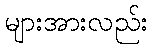
များအားလည်း